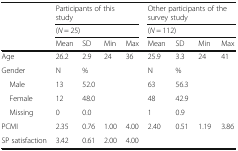
| <ROWSPAN=3>  | <COLSPAN=4> Participants of this study | <COLSPAN=4> Other participants of the survey study |
 | <COLSPAN=4> (N = 25) | <COLSPAN=4> (N = 112) |
 | Mean | SD | Min | Max | Mean | SD | Min | Max |
 | --- | --- | --- | --- | --- | --- | --- | --- | --- |
 | Age | 26.2 | 2.9 | 24 | 36 | 25.9 | 3.3 | 24 | 41 |
 | Gender | N | % |  |  | N | % |  |  |
 | Male | 13 | 52.0 |  |  | 63 | 56.3 |  |  |
 | Female | 12 | 48.0 |  |  | 48 | 42.9 |  |  |
 | Missing | 0 | 0.0 |  |  | 1 | 0.9 |  |  |
 | PCMI | 2.35 | 0.76 | 1.00 | 4.00 | 2.40 | 0.51 | 1.19 | 3.86 |
 | SP satisfaction | 3.42 | 0.61 | 2.00 | 4.00 |  |  |  |  |